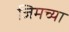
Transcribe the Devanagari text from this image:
जिमच्या